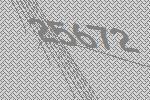
25672